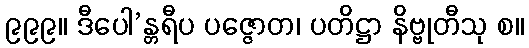
၉၉၉။ ဒီပေါ’န္တရီပ ပဇ္ဇောတ၊ ပတိဋ္ဌာ နိဗ္ဗုတီသု စ။